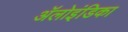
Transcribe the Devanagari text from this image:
ॲलोइंडिका